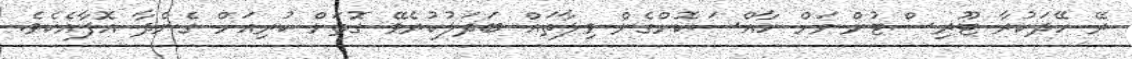
ރޭ ހޭދަކުރާ ޓޫރިސްޓުންނަށް ހާއްސަކޮށްގެން ވިލާތައް ބަދަލުކުރެވޭ ގޮތަށް ކުރިއަށް ގެންދާ އޮފާއެކެވެ.